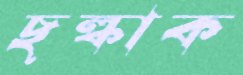
ছল্‌কাক